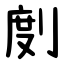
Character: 剫